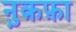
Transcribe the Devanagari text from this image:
नु़क़फ़ा